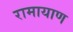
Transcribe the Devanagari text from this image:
रामायाण